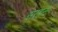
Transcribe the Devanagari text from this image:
सरहना